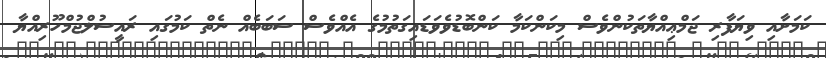
ކަމަށާއި ވިޔަފާރި ޖަމްޢިއްޔާތަކުންވެސް މިކަންކަމާ ކަންބޮޑުވެވަޑައިގަތުމުގެ އެއްވެސް ސަބަބެއް ނެތް ކަމުގައި ރައީސުލްޖުމްހޫރިއްޔާ